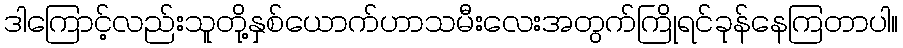
ဒါကြောင့်လည်းသူတို့နှစ်ယောက်ဟာသမီးလေးအတွက်ကြိုရင်ခုန်နေကြတာပါ။